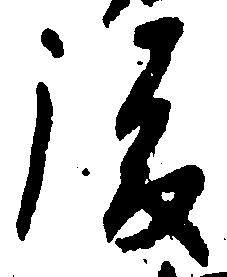
後